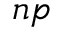
n p